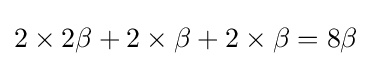
2\times 2\beta +2\times \beta +2\times \beta =8\beta